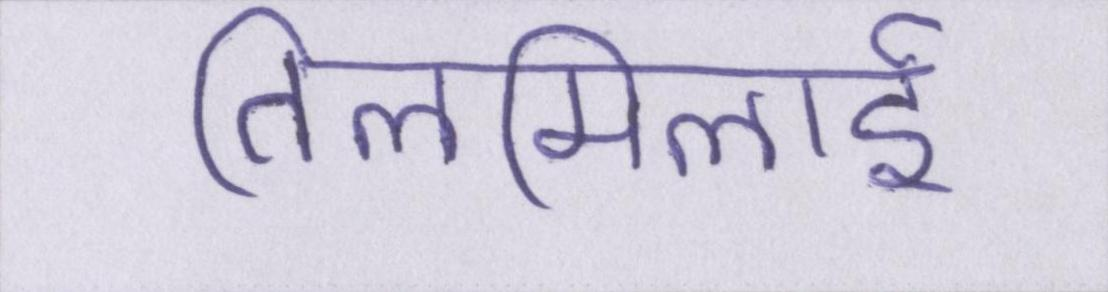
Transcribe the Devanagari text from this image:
तिलमिलाई